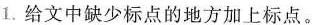
1.给文中缺少标点的地方加上标点。